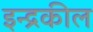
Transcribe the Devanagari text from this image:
इन्द्रकील